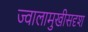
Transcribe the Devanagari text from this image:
ज्वालामुखीसदृश